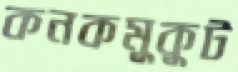
কনকমুকুট